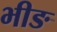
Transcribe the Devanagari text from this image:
भीङ